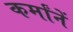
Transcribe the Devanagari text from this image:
कर्मांनें